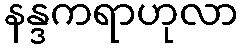
နန္ဒကရာဟုလာ